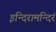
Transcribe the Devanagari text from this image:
इन्दिरामन्दिरं